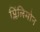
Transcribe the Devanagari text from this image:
प्लिंलिमोन